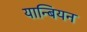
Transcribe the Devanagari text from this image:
यान्बियन